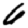
Digit: 6